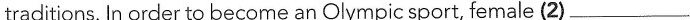
traditions. In order to become an Olympic sport, female (2)___